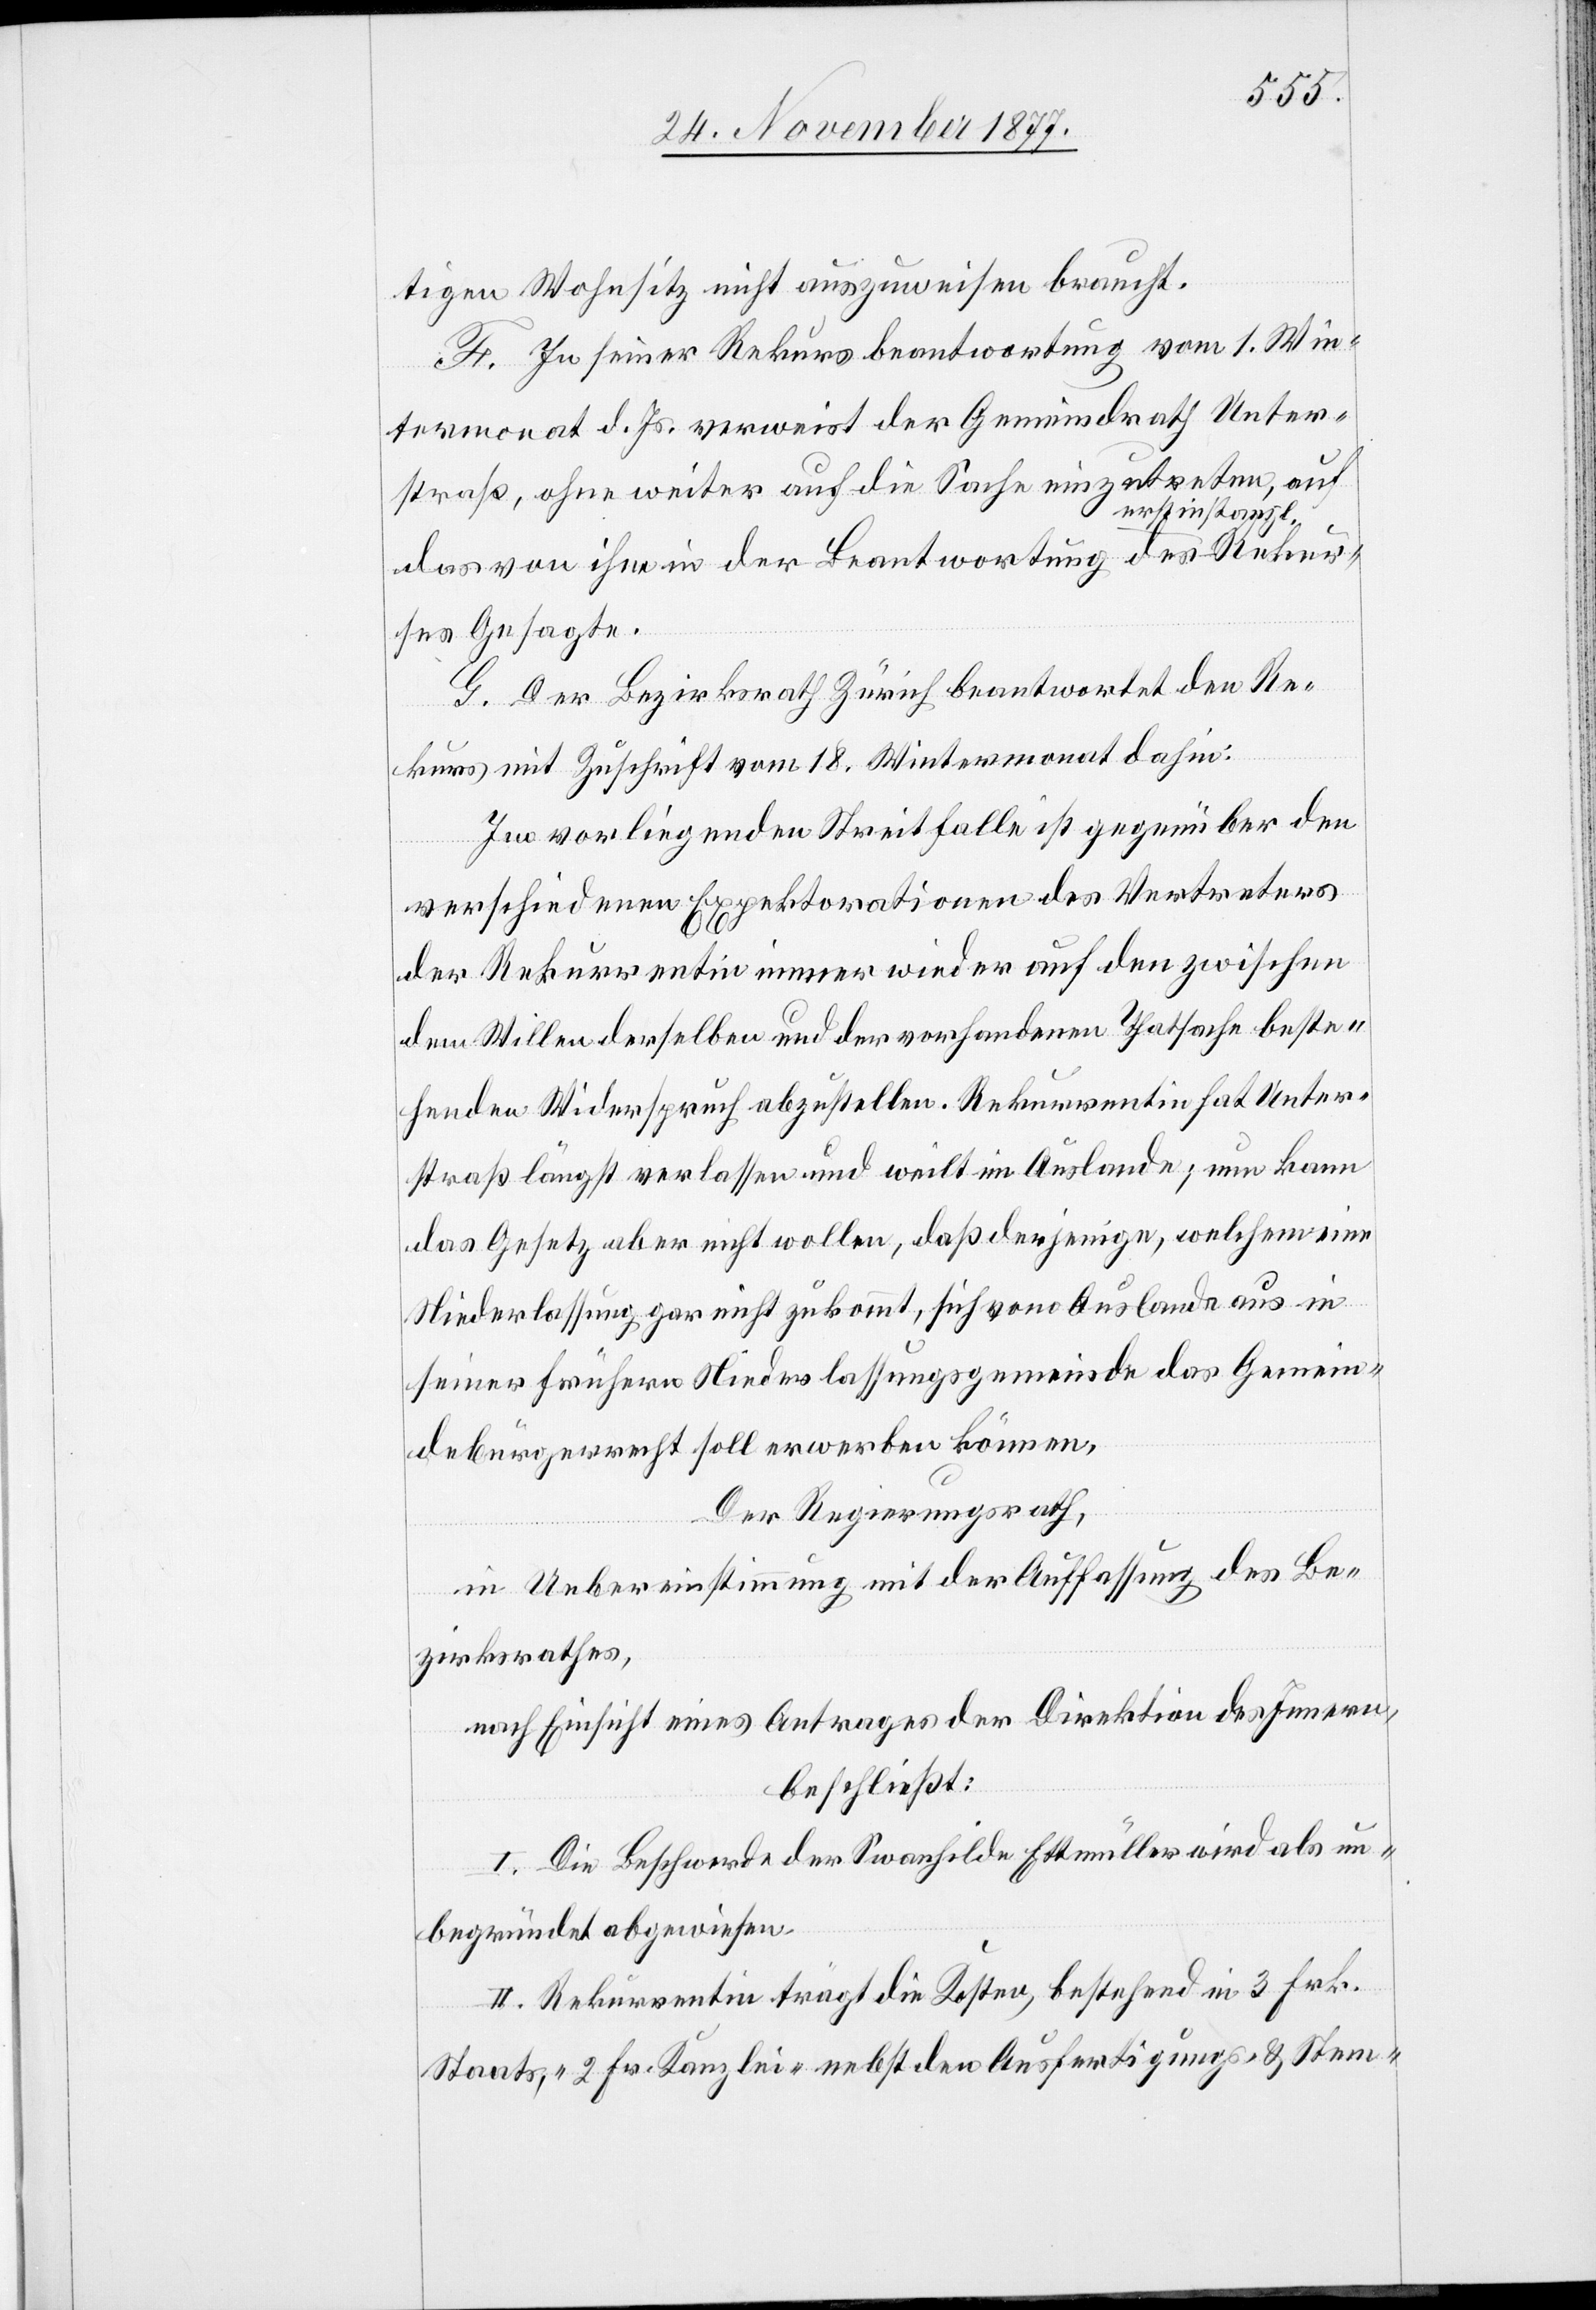
Rekur¬
tigen Wohnsitz nicht auszuweisen braucht.
F. In seiner Rekursbeantwortung vom 1. Win¬
termonat d. Js. verweist der Gemeindrath Unter¬
straß, ohne weiter auf die Sache einzutreten, auf
rstinstanzl.
das von ihm in der Beantwortung des e¬
ses Gesagte.
G. Der Bezirksrath Zürich beantwortet den Re¬
kurs mit Zuschrift vom 18. Wintermonat dahin:
Im vorliegenden Streitfalle ist gegenüber den
verschiedenen Expektorationen des Vertreters
der Rekurrentin immer wieder auf den zwischen
dem Willen derselben und der vorhandenen Thatsache beste¬
henden Widerspruch abzustellen. Rekurrentin hat Unter¬
straß längst verlassen und weilt im Auslande; nun kann
das Gesetz aber nicht wollen, daß derjenige, welchem eine
Niederlassung gar nicht zukommt, sich vom Auslande aus in
seiner frühern Niederlassungsgemeinde das Gemein¬
debürgerrecht soll erwerben können.
Der Regierungsrath,
in Uebereinstimmung mit der Auffassung des Be¬
zirksrathes,
nach Einsicht eines Antrages der Direktion des Innern,
beschließt:
I. Die Beschwerde der Swanhilde Ettmüller wird als un¬
begründet abgewiesen.
II. Rekurrentin trägt die Kosten, bestehend in 3 Frk.
Staats-, 2 Fr. Kanzlei- nebst den Ausfertigungs- & Stem-